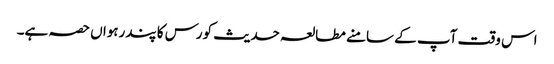
اس وقت آپ کے سامنے مطالعہ حدیث کورس کا پندرہواں حصہ ہے۔